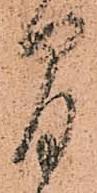
間